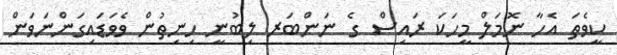
ކީވެތަ އެހާ ނޮމަލް މީހަކަ ރައިސް ގެ ނަންބަރ ލިބުނީ ހިނިތުން ވެވަޑައިގަންނަވަން